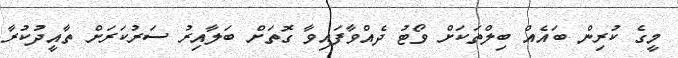
މީގެ ކުރިން ބައެއް ބިލްތަކަށް ވޯޓު ދެއްވާފައިވާ ގޮތަށް ބަލާއިރު ސަރުކަރަށް ތާއީދުކުރާ